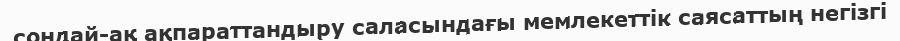
сондай-ақ ақпараттандыру саласындағы мемлекеттік саясаттың негізгі